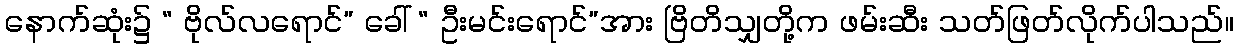
နောက်ဆုံး၌ “ ဗိုလ်လရောင်” ခေါ် “ ဦးမင်းရောင်”အား ဗြိတိသျှတို့က ဖမ်းဆီး သတ်ဖြတ်လိုက်ပါသည်။